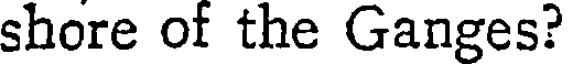
shore of the Ganges?